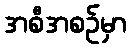
အစီအစဉ်မှာ